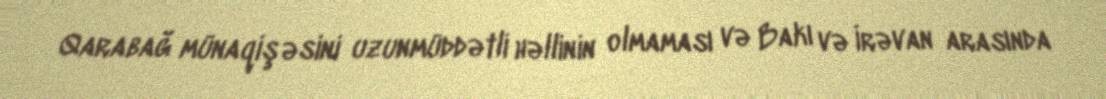
Qarabağ münaqişəsini uzunmüddətli həllinin olmaması və Bakı və İrəvan arasında